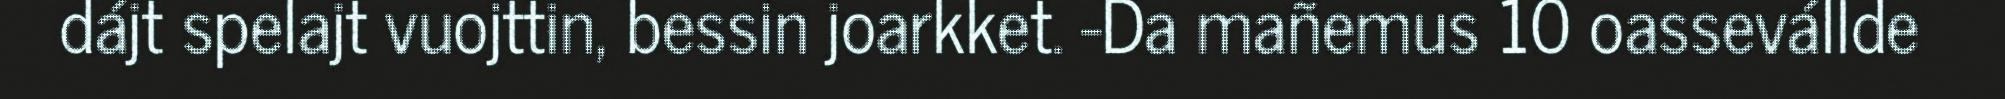
dájt spelajt vuojttin, bessin joarkket. -Da mañemus 10 oassevállde